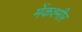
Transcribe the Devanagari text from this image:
मेंकश्मीर